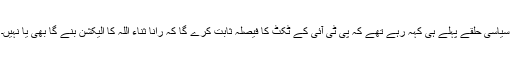
سیاسی حلقے پہلے ہی کہہ رہے تھے کہ پی ٹی آئی کے ٹکٹ کا فیصلہ ثابت کرے گا کہ رانا ثناء اللہ کا الیکشن بنے گا بھی یا نہیں۔